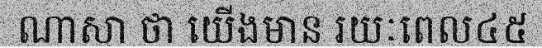
ណាសា ថា យើងមាន រយៈពេល៤៥